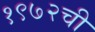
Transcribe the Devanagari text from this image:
१९७२ची